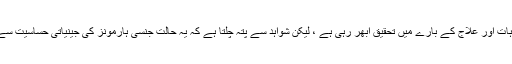
پی ایم ڈی ڈی کی وجوہات اور علاج کے بارے میں تحقیق ابھر رہی ہے ، لیکن شواہد سے پتہ چلتا ہے کہ یہ حالت جنسی ہارمونز کی جینیاتی حساسیت سے بہت زیادہ متاثر ہے۔